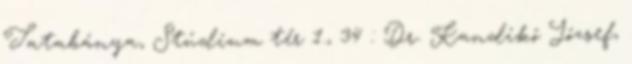
Tatabánya, Stúdium tér 1., 34 : Dr. Kandikó József,